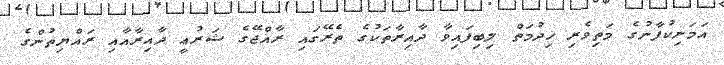
އަމަނިކުފާނުގެ މަތިވެރި ޚިދުމަތް ލިބިފައިވާ ދާއިރާތަކުގެ ތެރޭގައި ރާއްޖޭގެ ޝަރުޢީ ދާއިރާއާއި ރައްޔިތުންގެ